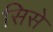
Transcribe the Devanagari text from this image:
सिसे